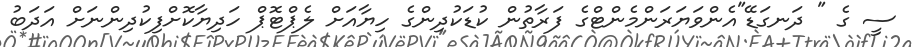
ސީ ގެ " ދަނގަޑޭ"އެންވަޔަރަންމެންޓްގެ ފަރާތުން ކުޑަކުދިންގެ ހިޔާއަށް ލެޕްޓޮޕް ހަދިޔާކޮށްފިކުދިންނަށް އަދަބު